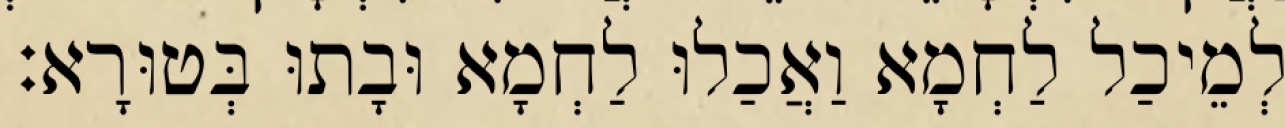
לְמֵיכַל לַחְמָא וַאֲכַלוּ לַחְמָא וּבָתוּ בְּטוּרָא׃